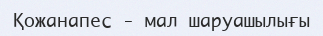
Қожанапес - мал шаруашылығы